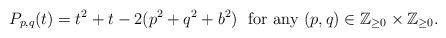
LaTeX: \begin{align*} P_{p,q}(t)=t^{2}+t-2(p^{2}+q^{2}+b^{2}) \ \ \textrm{for any} \ (p,q)\in\mathbb{Z}_{\geq 0}\times\mathbb{Z}_{\geq 0}. \end{align*}